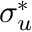
\sigma _ { u } ^ { * }